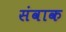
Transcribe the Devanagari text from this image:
संवाक